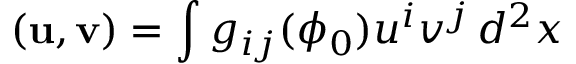
( { \bf u } , { \bf v } ) = \int g _ { i j } ( \phi _ { 0 } ) u ^ { i } v ^ { j } \, d ^ { 2 } x